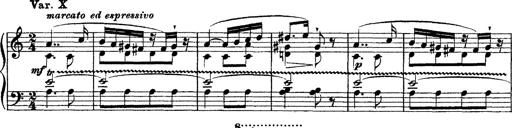
Title: Ã‰tudes d'exÃ©cution transcendante d'aprÃ¨s Paganini
Composer: Franz Liszt